Indian journal of veterinary science and animal husbandry - Volume 13,
Year: 1943
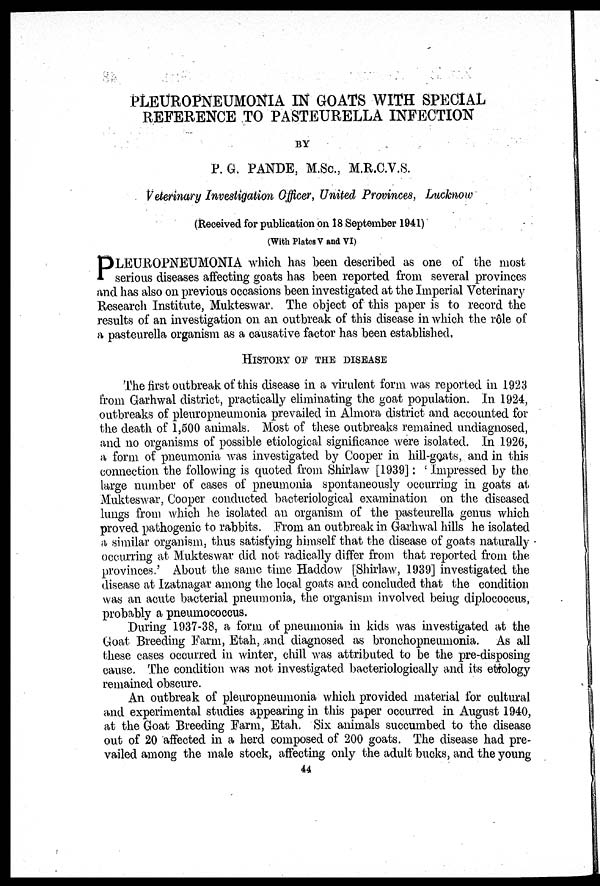
PLEUROPNEUMONIA IN GOATS WITH SPECIAL
REFERENCE TO PASTEURELLA INFECTION
BY
P. G. PANDE, M.Sc., M.R.C.V.S.
Veterinary Investigation Officer, United Provinces, Lucknow
(Received for publication on 18 September 1941)
(With Plates V and VI)
P LEUROPNEUMONIA which has been described as one of the most
serious diseases affecting goats has been reported from several provinces
and has also on previous occasions been investigated at the Imperial Veterinary
Research Institute, Mukteswar. The object of this paper is to record the
results of an investigation on an outbreak of this disease in which the rô1e of
a pasteurella organism as a causative factor has been established.
HISTORY OF THE DISEASE
The first outbreak of this disease in a virulent form was reported in 1923
from Garhwal district, practically eliminating the goat population. In 1924,
outbreaks of pleuropneumonia prevailed in Almora district and accounted for
the death of 1,500 animals. Most of these outbreaks remained undiagnosed,
and no organisms of possible etiological significance were isolated. In 1926,
a form of pneumonia was investigated by Cooper in hill-goats, and in this
connection the following is quoted from Shirlaw [1939]: ' Impressed by the
large number of cases of pneumonia spontaneously occurring in goats at
Mukteswar, Cooper conducted bacteriological examination on the diseased
lungs from which he isolated an organism of the pasteurella genus which
proved pathogenic to rabbits. From an outbreak in Garhwal hills he isolated
a similar organism, thus satisfying himself that the disease of goats naturally
occurring at Mukteswar did not radically differ from that reported from the
provinces.' About the same time Haddow [Shirlaw, 1939] investigated the
disease at Izatnagar among the local goats and concluded that the condition
was an acute bacterial pneumonia, the organism involved being diplococcus,
probably a pneumococcus.
During 1937-38, a form of pneumonia in kids was investigated at the
Goat Breeding Farm, Etah, and diagnosed as bronchopneumonia. As all
these cases occurred in winter, chill was attributed to be the pre-disposing
cause. The condition was not investigated bacteriologically and its etiology
remained obscure.
An outbreak of pleuropneumonia which provided material for cultural
and experimental studies appearing in this paper occurred in August 1940,
at the Goat Breeding Farm, Etah. Six animals succumbed to the disease
out of 20 affected in a herd composed of 200 goats. The disease had pre-
vailed among the male stock, affecting only the adult bucks, and the young
44